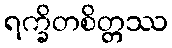
ရက္ခိတစိတ္တဿ